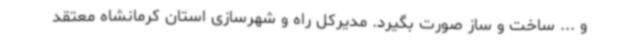
و ... ساخت و ساز صورت بگیرد. مدیرکل راه و شهرسازی استان کرمانشاه معتقد